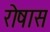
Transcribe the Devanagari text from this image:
रोषास